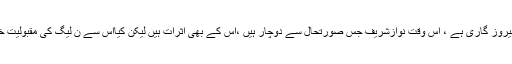
اس وقت بہت سے مسائل ہیں جن میں مہنگائی اوربیروز گاری ہے ، اس وقت نوازشریف جس صورتحال سے دوچار ہیں ،اس کے بھی اثرات ہیں لیکن کیااس سے ن لیگ کی مقبولیت ختم ہورہی ہے ، میں یہ ماننے کیلئے تیار نہیں ہوں۔